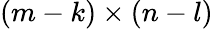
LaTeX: (m-k)\times(n-l)